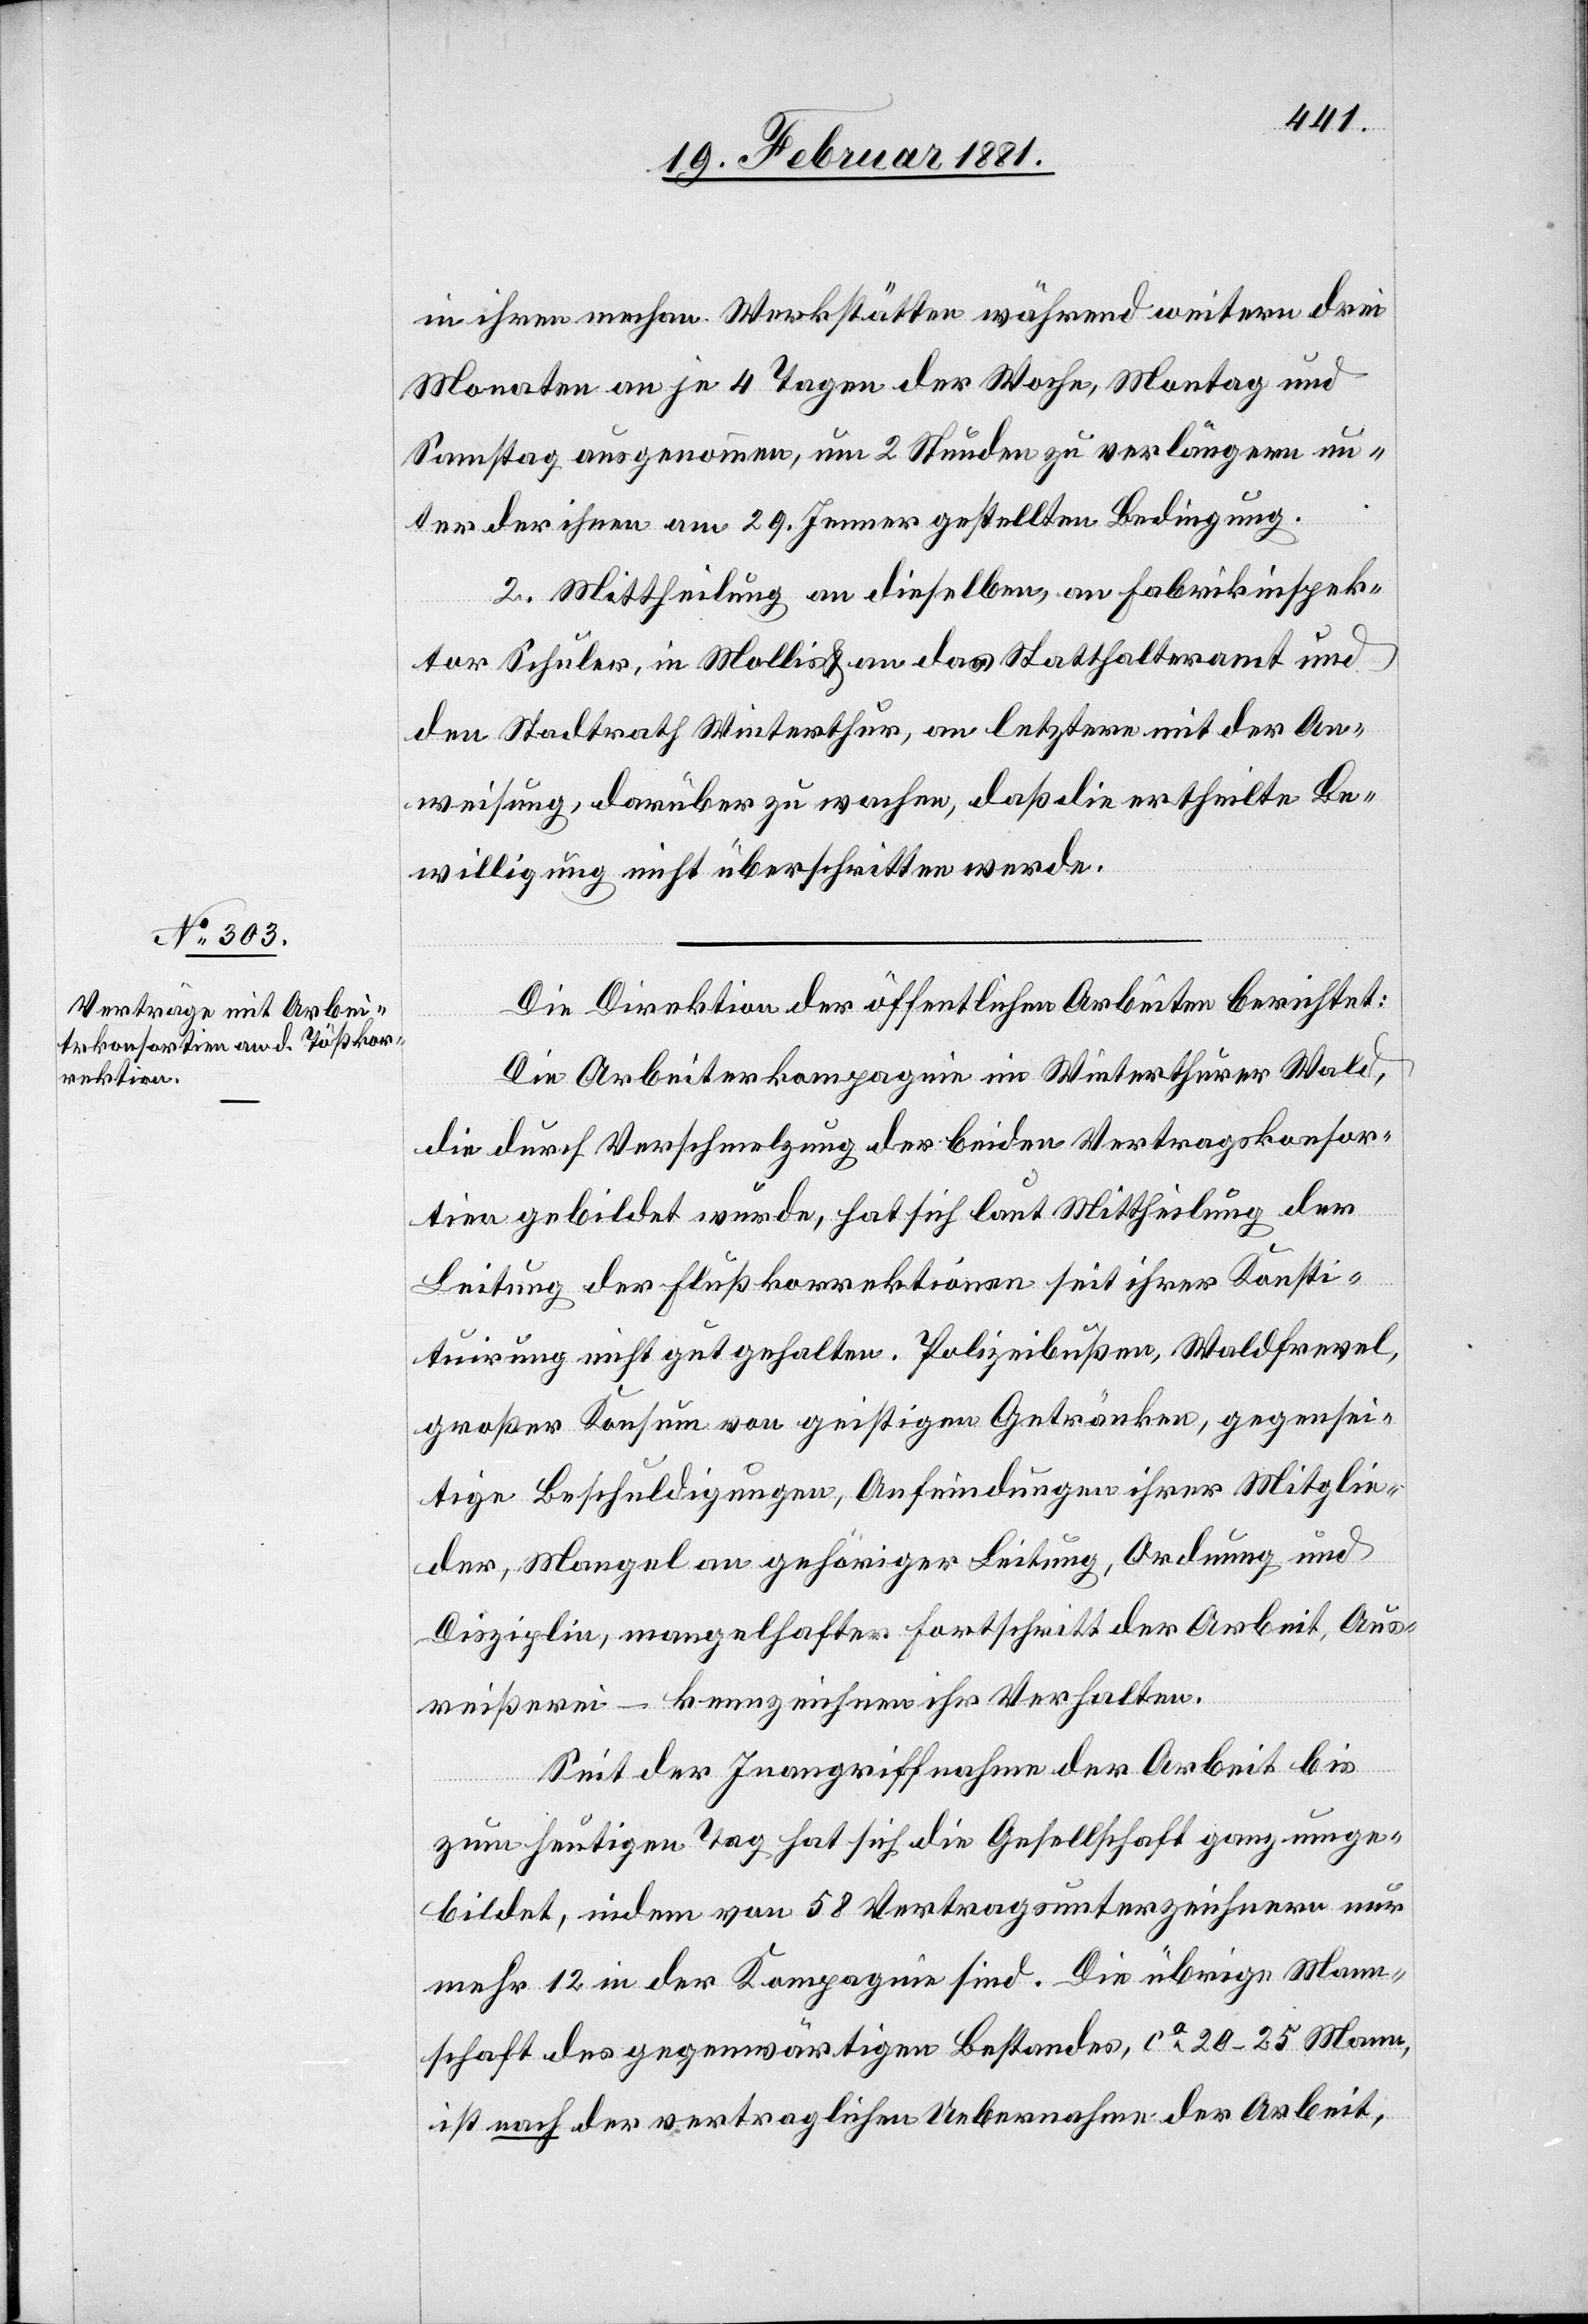
in ihren mechan. Werkstätten während weitern drei
Monaten an je 4 Tagen der Woche, Montag und
Samstag ausgenommen, um 2 Stunden zu verlängern un¬
ter der ihnen am 29. Jenner gestellten Bedingung.
2. Mittheilung an dieselben, an Fabrikinspek¬
tor Schuler, in Mollis, & an das Statthalteramt und
den Stadtrath Winterthur, an letztere mit der An¬
weisung , darüber zu wachen, daß die ertheilte Be¬
willigung nicht überschritten werde.
Die Direktion der öffentlichen Arbeiten berichtet:
Die Arbeiterkompagnie im Winterthurer Wald,
die durch Verschmelzung der beiden Vertragskonsor¬
tien gebildet wurde, hat sich laut Mittheilung der
Leitung der Flußkorrektionen seit ihrer Konsti¬
tuirung nicht gut gehalten. Polizeibußen, Waldfrevel,
großer Konsum von geistigen Getränken, gegensei¬
tige Beschuldigungen, Anfeindungen ihrer Mitglie¬
der, Mangel an gehöriger Leitung, Ordnung und
Disziplin, mangelhafter Fortschritt der Arbeit, Aus¬
reißerei – kennzeichnen ihr Verhalten.
Seit der Inangriffnahmen der Arbeit bis
zum heutigen Tag hat sich die Gesellschaft ganz umge¬
bildet, indem von 58 Vertragsunterzeichnern nur
mehr 12 in der Kompagnie sind. Die übrige Mann¬
schaft des gegenwärtigen Bestandes, ca 20–25 Mann,
ist nach der vertraglichen Uebernahme der Arbeit,